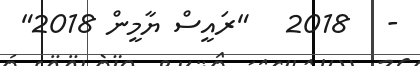
-   2018   "ރައީސް ޔާމީން 2018"